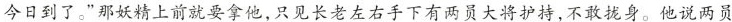
今日到了。”那妖精上前就要拿他，只见长老左右手下有两员大将护持，不敢拢身。他说两员